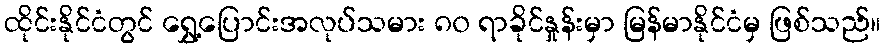
ထိုင်းနိုင်ငံတွင် ရွှေ့ပြောင်းအလုပ်သမား ၈၀ ရာခိုင်နှုန်းမှာ မြန်မာနိုင်ငံမှ ဖြစ်သည်။